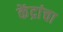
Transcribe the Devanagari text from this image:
केंद्रांचा